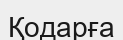
Қодарға